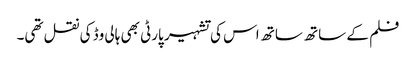
فلم کے ساتھ ساتھ اس کی تشہیر پارٹی بھی ہالی وڈ کی نقل تھی۔